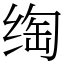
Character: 绹